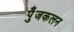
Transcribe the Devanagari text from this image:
पुँजकलन